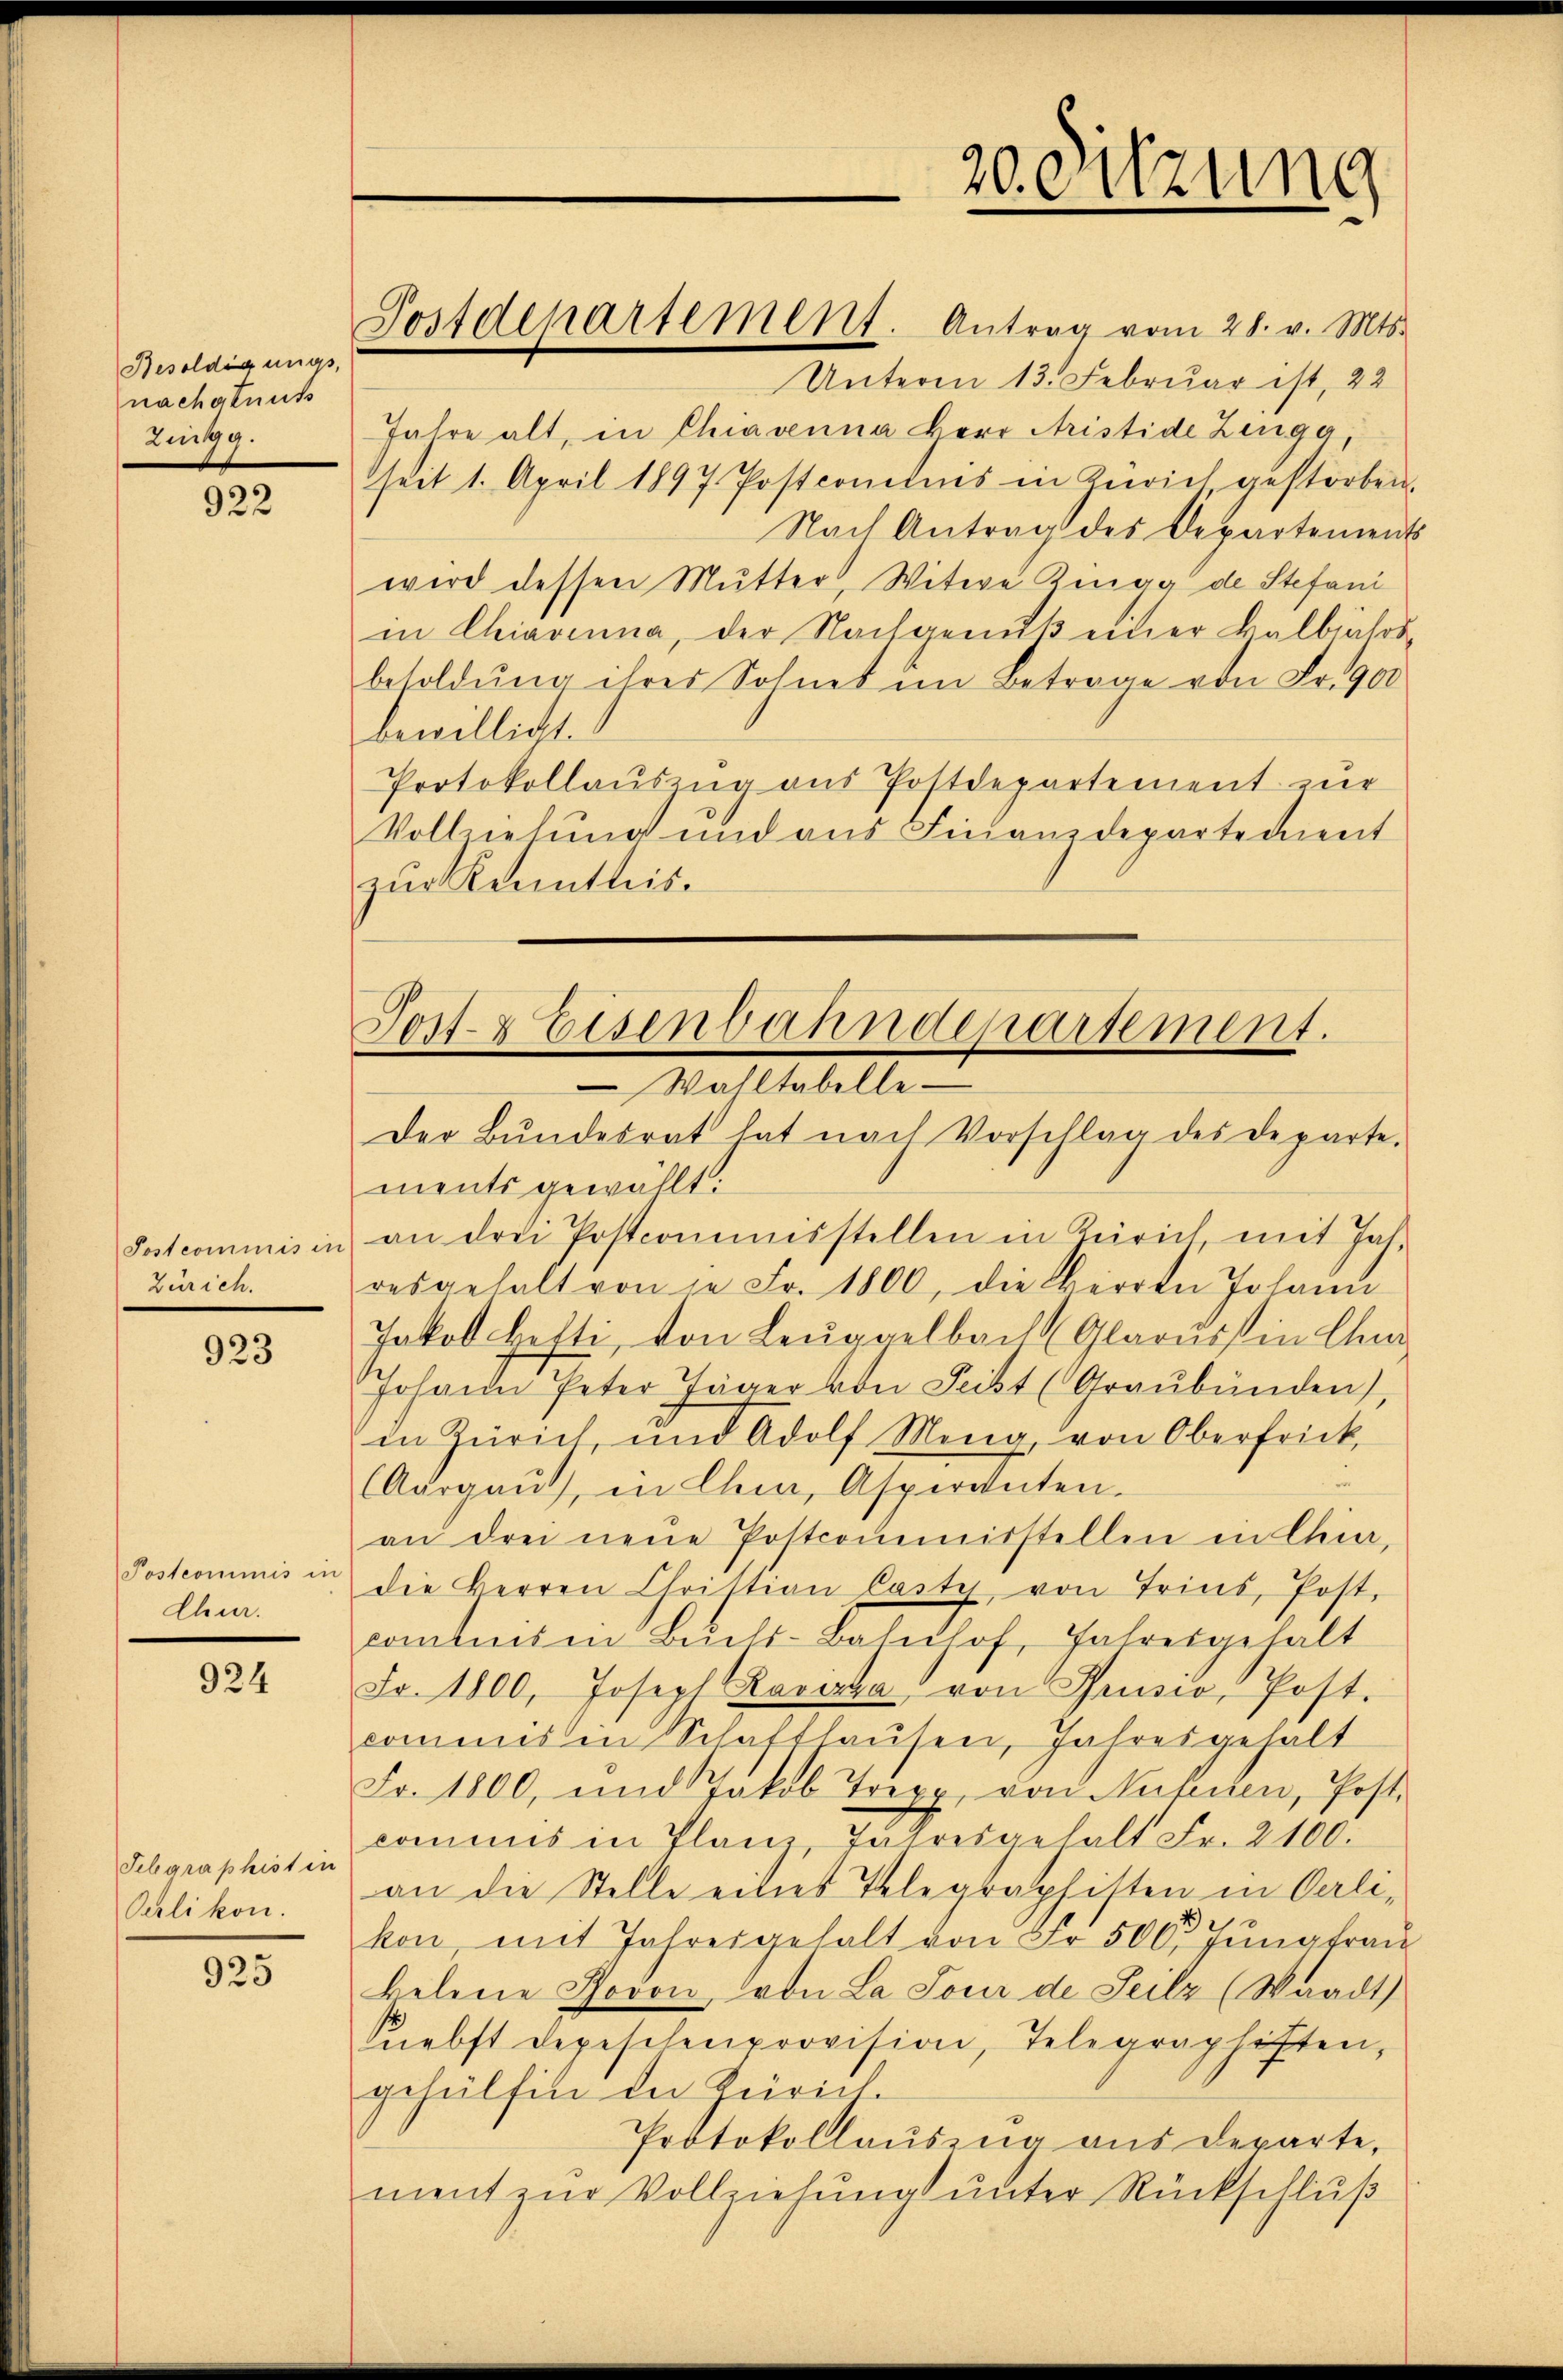
Besoldigungs
nachatnuß
Zingg.

922

Postcommis in
Zürich.

923

Postcommis in
Chur.

924

Tebgraphist in
Oerlikon.

925

Unterm 13. Februar ist, 22
Jahre alt, in Chiavenna Herr Aristide Zeuga,
seit 1. April 1897. Postcomitnis in Zürich gestorben.
Nach Antrag des Departements
wird dessen Mutter, Witwe Kinage de Stefani
in Chiavina, der Nachgenuß einer Balbuchsbesoldŭng ihres Sohnes im Betrage von Fr. 900
bewilligt.
Protokollauszug aus Postdepartement zur
Vollziehung und aus Finanzdepartement
zur Kenntnis.

Postdepartement. Antrag vom 28. v. Mts.

20. Sitzung

Postweisenbahndepartement.
Wahltabelle
Der Bŭndesrat hat nach Vorschlag des Departe.

ments gewählt:
an drei Postcomumsstellen in Zürich mit Jah-
desgehalt von je Fr. 1800, die Herrn Johann
Jakob Hefti, von Leuggelbach Glarus in Cha
Johann Peter Jäger von Leist (Graubünden,
in Zürich und Adolf Meng von Oberfrick,
Aurgaus, in Chur, Aspiranten.
an drei neue Postcommisstellen in Chur,
die Herren Christian Casty, von Tries, Post-
comtes in Buchs-Bahnhof, Jahresgehalt
Fr. 1800, Joseph Lavizza von Brusio, Post.
commis in Schafthausen, Jahresgehalt
Fr. 1800, und Jakob Trepp, von Nutiren, Post-
commis in Planz, Jahresgehalt Fr. 2100.
an die Stelle eines Telegraphitten in Cali-
kon, mit Jahresgehalt von Fr. 500. Jŭngfrau
Belene Jovon von La Pour de Seilz (Waadt
Sebst depeschenprovision, Telegraphiften,
gehülfen in Zürich
Protokollauszug aus departe,
ment zŭr Vollziehŭng ŭnter Rückschlŭβ